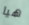
هيا